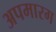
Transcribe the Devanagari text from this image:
अपमारग